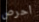
احرص